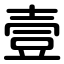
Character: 壹